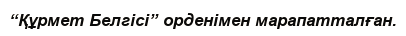
“Құрмет Белгісі” орденімен марапатталған.